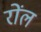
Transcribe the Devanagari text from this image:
रोंल